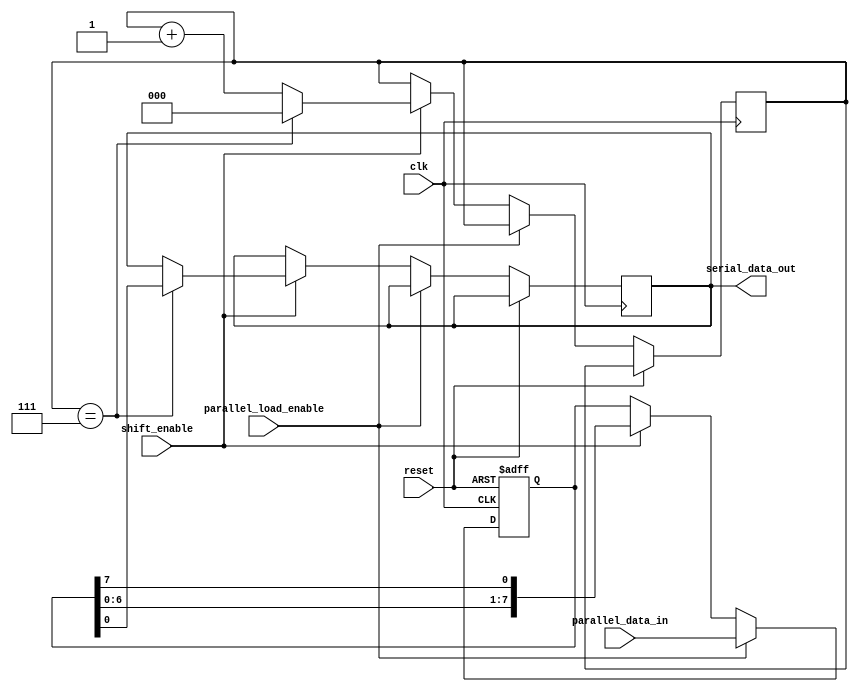
module parallel_serial_register (
    input clk,
    input reset,
    input parallel_load_enable,
    input shift_enable,
    input [7:0] parallel_data_in,
    output serial_data_out
);

reg [7:0] data_reg;
reg [7:0] shift_reg;
reg [2:0] shift_counter;

always @(posedge clk or posedge reset) begin
    if (reset) begin
        data_reg <= 8'b0;
        shift_reg <= 8'b0;
    end else begin
        if (parallel_load_enable) begin
            data_reg <= parallel_data_in;
            shift_reg <= parallel_data_in;
        end else if (shift_enable) begin
            shift_reg <= {shift_reg[6:0], shift_reg[7]};
            shift_counter <= shift_counter + 1;
            if (shift_counter == 7) begin
                shift_counter <= 0;
                serial_data_out <= shift_reg[0];
            end
        end
    end
end

endmodule